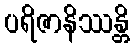
ပရိဇာနိဿန္တိ